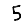
Digit: 5